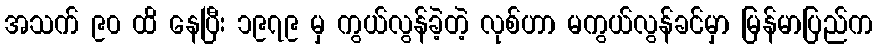
အသက် ၉၀ ထိ နေပြီး ၁၉၇၉ မှ ကွယ်လွန်ခဲ့တဲ့ လုစ်ဟာ မကွယ်လွန်ခင်မှာ မြန်မာပြည်က